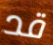
قد